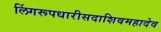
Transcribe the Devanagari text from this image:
लिंगरूपधारीसदाशिवमहादेव